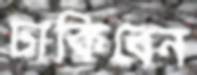
ঢাকিবেন